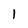
Character: I